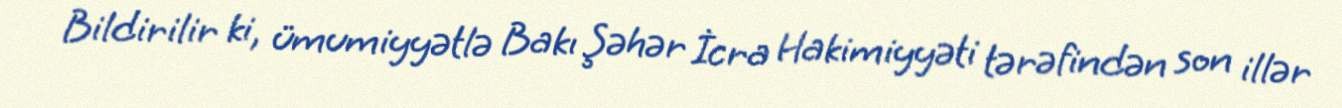
Bildirilir ki, ümumiyyətlə Bakı Şəhər İcra Hakimiyyəti tərəfindən son illər